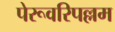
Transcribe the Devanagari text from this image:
पेरूवरिपल्लम